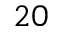
^ { 2 0 }